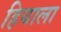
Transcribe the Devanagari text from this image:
हियाला